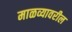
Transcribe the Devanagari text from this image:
माळव्यावरील